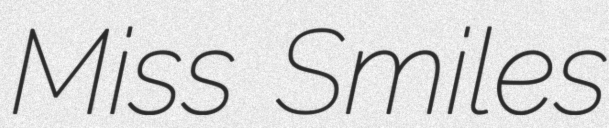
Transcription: Miss Smiles